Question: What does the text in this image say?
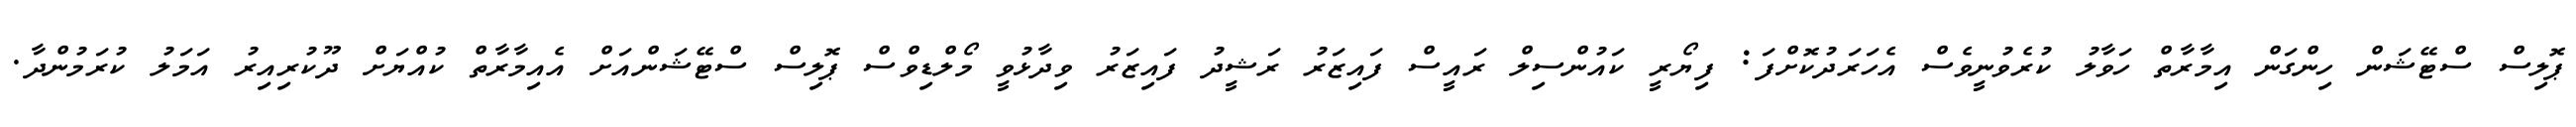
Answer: ޕޮލިސް ސްޓޭޝަން ހިންގަން އިމާރާތް ހަވާލު ކުރެވުނީވެސް އެހަރަދުކޮށްފަ: ފިޔޯރީ ކައުންސިލް ރައީސް ފައިޒަރު ރަޝީދު ފައިޒަރު ވިދާޅުވީ މޯލްޑިވްސް ޕޮލިސް ސްޓޭޝަންއަށް އެއިމާރާތް ކުއްޔަށް ދޫކުރިއިރު އަމަލު ކުރަމުންދާ.